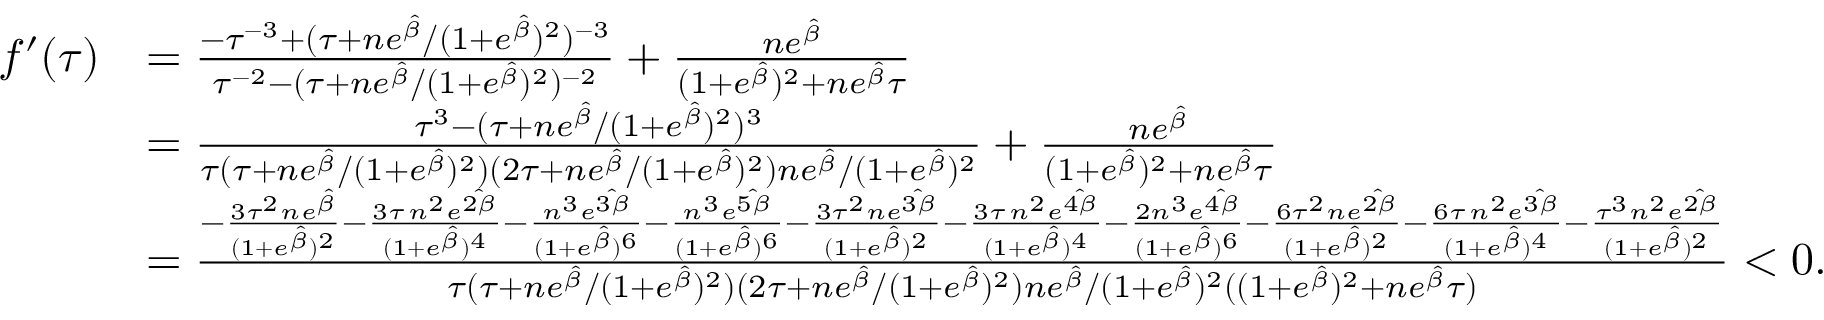
\begin{array} { r l } { f ^ { \prime } ( \tau ) } & { = \frac { - \tau ^ { - 3 } + ( \tau + n e ^ { \hat { \beta } } / ( 1 + e ^ { \hat { \beta } } ) ^ { 2 } ) ^ { - 3 } } { \tau ^ { - 2 } - ( \tau + n e ^ { \hat { \beta } } / ( 1 + e ^ { \hat { \beta } } ) ^ { 2 } ) ^ { - 2 } } + \frac { n e ^ { \hat { \beta } } } { ( 1 + e ^ { \hat { \beta } } ) ^ { 2 } + n e ^ { \hat { \beta } } \tau } } \\ & { = \frac { \tau ^ { 3 } - ( \tau + n e ^ { \hat { \beta } } / ( 1 + e ^ { \hat { \beta } } ) ^ { 2 } ) ^ { 3 } } { \tau ( \tau + n e ^ { \hat { \beta } } / ( 1 + e ^ { \hat { \beta } } ) ^ { 2 } ) ( 2 \tau + n e ^ { \hat { \beta } } / ( 1 + e ^ { \hat { \beta } } ) ^ { 2 } ) n e ^ { \hat { \beta } } / ( 1 + e ^ { \hat { \beta } } ) ^ { 2 } } + \frac { n e ^ { \hat { \beta } } } { ( 1 + e ^ { \hat { \beta } } ) ^ { 2 } + n e ^ { \hat { \beta } } \tau } } \\ & { = \frac { - \frac { 3 \tau ^ { 2 } n e ^ { \hat { \beta } } } { ( 1 + e ^ { \hat { \beta } } ) ^ { 2 } } - \frac { 3 \tau \, n ^ { 2 } e ^ { \hat { 2 \beta } } } { ( 1 + e ^ { \hat { \beta } } ) ^ { 4 } } - \frac { n ^ { 3 } e ^ { \hat { 3 \beta } } } { ( 1 + e ^ { \hat { \beta } } ) ^ { 6 } } - \frac { n ^ { 3 } e ^ { \hat { 5 \beta } } } { ( 1 + e ^ { \hat { \beta } } ) ^ { 6 } } - \frac { 3 \tau ^ { 2 } n e ^ { \hat { 3 \beta } } } { ( 1 + e ^ { \hat { \beta } } ) ^ { 2 } } - \frac { 3 \tau \, n ^ { 2 } e ^ { \hat { 4 \beta } } } { ( 1 + e ^ { \hat { \beta } } ) ^ { 4 } } - \frac { 2 n ^ { 3 } e ^ { \hat { 4 \beta } } } { ( 1 + e ^ { \hat { \beta } } ) ^ { 6 } } - \frac { 6 \tau ^ { 2 } n e ^ { \hat { 2 \beta } } } { ( 1 + e ^ { \hat { \beta } } ) ^ { 2 } } - \frac { 6 \tau \, n ^ { 2 } e ^ { \hat { 3 \beta } } } { ( 1 + e ^ { \hat { \beta } } ) ^ { 4 } } - \frac { \tau ^ { 3 } n ^ { 2 } e ^ { \hat { 2 \beta } } } { ( 1 + e ^ { \hat { \beta } } ) ^ { 2 } } } { \tau ( \tau + n e ^ { \hat { \beta } } / ( 1 + e ^ { \hat { \beta } } ) ^ { 2 } ) ( 2 \tau + n e ^ { \hat { \beta } } / ( 1 + e ^ { \hat { \beta } } ) ^ { 2 } ) n e ^ { \hat { \beta } } / ( 1 + e ^ { \hat { \beta } } ) ^ { 2 } ( ( 1 + e ^ { \hat { \beta } } ) ^ { 2 } + n e ^ { \hat { \beta } } \tau ) } < 0 . } \end{array}